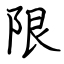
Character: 限